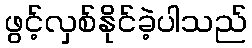
ဖွင့်လှစ်နိုင်ခဲ့ပါသည်